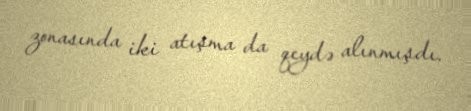
zonasında iki atışma da qeydə alınmışdı.